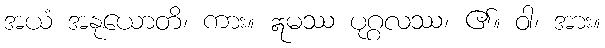
အယံ အနုယောတိ၊ ကား။ ဣမဿ ပုဂ္ဂလဿ၊ ၏။ ဝါ၊ အား။